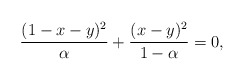
\begin{align*}\frac{(1-x-y)^2}{\alpha}+\frac{(x-y)^2}{1-\alpha}=0,\end{align*}